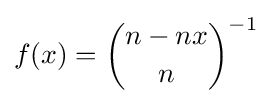
f(x)={n-nx \choose n}^{-1}